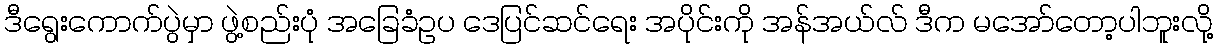
ဒီရွေးကောက်ပွဲမှာ ဖွဲ့စည်းပုံ အခြေခံဥပ ဒေပြင်ဆင်ရေး အပိုင်းကို အန်အယ်လ် ဒီက မအော်တော့ပါဘူးလို့